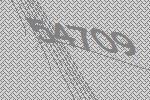
54709